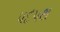
પદપથ